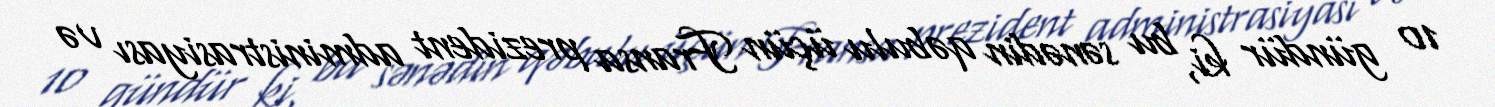
10 gündür ki, bu sənədin qəbulu üçün Fransa prezident administrasiyası və